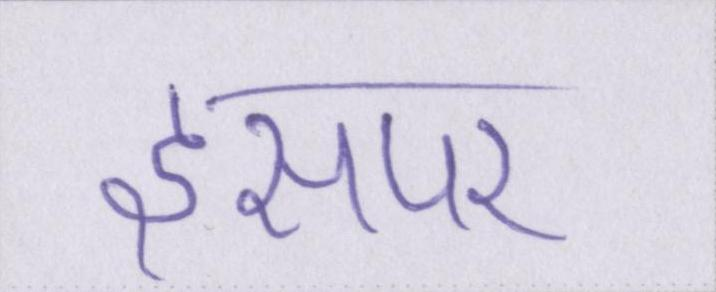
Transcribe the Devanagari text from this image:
इसपर